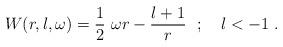
LaTeX: \begin{align*}W(r,l,\omega)= \frac{1}{2} ~\omega r -\frac{l+1}{r}~~;\quad l<-1 ~.\end{align*}